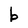
Character: b